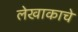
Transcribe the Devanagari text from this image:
लेखाकाचे